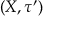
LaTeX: ( X , \tau ^ { \prime } )